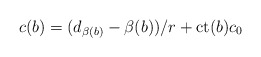
\begin{align*} c(b)=(d_{\beta(b)}-\beta(b))/r+ \mathrm{ct}(b) c_0\end{align*}